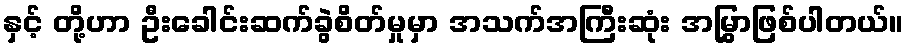
နှင့် တို့ဟာ ဦးခေါင်းဆက်ခွဲစိတ်မှုမှာ အသက်အကြီးဆုံး အမြွှာဖြစ်ပါတယ်။